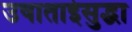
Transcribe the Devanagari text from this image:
उषाताईसुद्धा